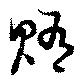
賄